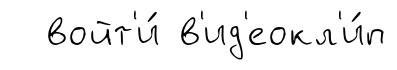
войт'и́ в'ид'еокл'и́п